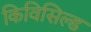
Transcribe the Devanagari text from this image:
किविसिल्ड